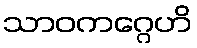
သာဝကဂ္ဂေဟိ